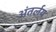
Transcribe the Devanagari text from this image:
अंतर्लय